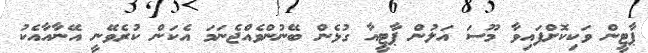
ޕާޓީން ވަކިކޮށްފައިވާ މޫސަ އަލުން ޕާޓީއާ ގުޅެން ބޭނުންވެއްޖެނަމަ އެކަން ކުރެވޭނީ އޭނާއާއެކު